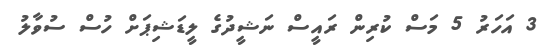
3 އަހަރު 5 މަސް ކުރިން ރައީސް ނަޝީދުގެ ލީޑަޝިޕަށް ހުސް ސުވާލު